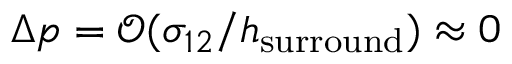
\Delta p = \mathcal { O } ( \sigma _ { 1 2 } / h _ { \mathrm { { s u r r o u n d } } } ) \approx 0